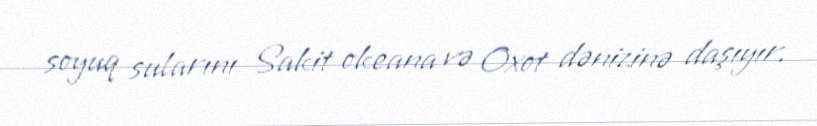
soyuq sularını Sakit okeana və Oxot dənizinə daşıyır.